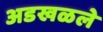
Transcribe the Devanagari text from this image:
अडखळले